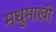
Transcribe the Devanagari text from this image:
मधुमाखी